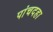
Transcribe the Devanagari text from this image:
पांचदहा